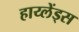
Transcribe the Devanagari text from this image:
हाय्लेंड्स